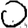
Digit: 0